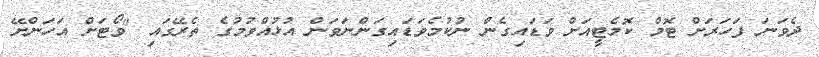
ދެވަނަ ފަހަރަށް ޓޮމް ކޮމެޓީއަށް ވަޑައިގެން ނުކުމެވަޑައިގަންނަވަން އުޅުއްވުމުގެ ތެރޭގައި "ވޯޓަށް އަހަންށޭ